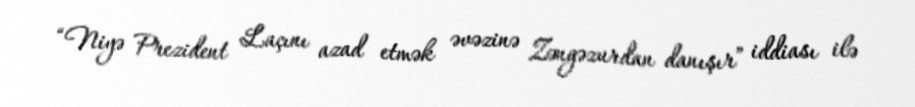
“Niyə Prezident Laçını azad etmək əvəzinə Zəngəzurdan danışır” iddiası ilə